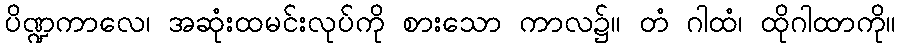
ပိဏ္ဍကာလေ၊ အဆုံးထမင်းလုပ်ကို စားသော ကာလ၌။ တံ ဂါထံ၊ ထိုဂါထာကို။